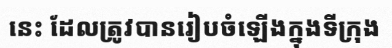
នេះ ដែលត្រូវបានរៀបចំឡើងក្នុងទីក្រុង